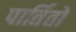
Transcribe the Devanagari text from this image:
पार्तितो